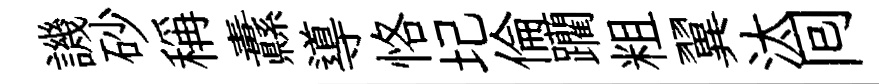
譏砂稱纛導恪圮倫躪粗翼汰囘